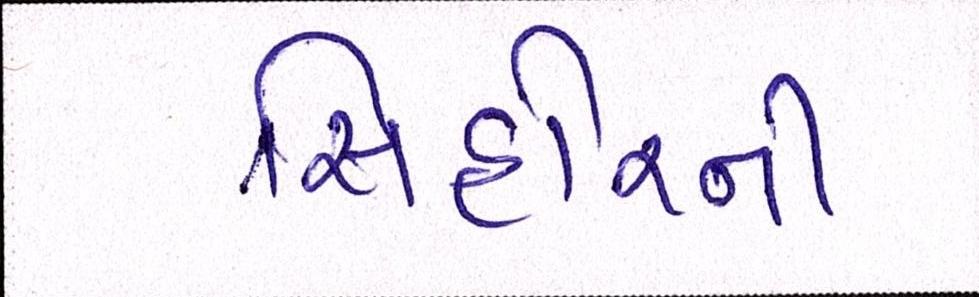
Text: સિહોરની